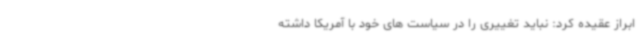
ابراز عقیده کرد: نباید تغییری را در سیاست های خود با آمریکا داشته